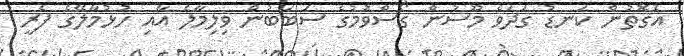
އެގޮތުން ކަނޑު ގަދަވެ މޫސުން ގޯސްވުމުގެ ސަބަބުން ވިލިމާލެ އާއި ހުޅުމާލޭގެ ފެރީ